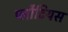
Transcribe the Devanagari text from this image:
प्लौटियस